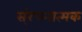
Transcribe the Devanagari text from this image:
स्ंरचनात्मक